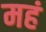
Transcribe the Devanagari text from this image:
महं